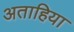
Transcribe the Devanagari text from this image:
अताहिया